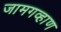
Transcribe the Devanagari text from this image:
जामगव्हाण